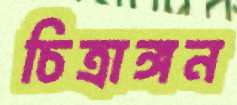
চিত্রাঙ্গন